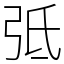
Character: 弤